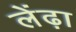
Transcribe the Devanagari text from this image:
लेंढ़ा